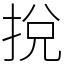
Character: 挩